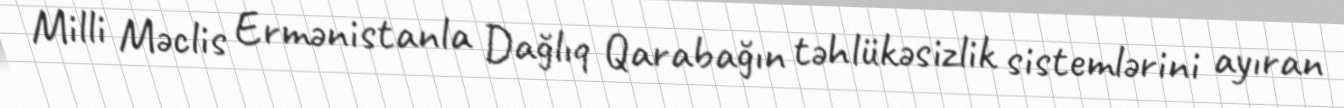
Milli Məclis Ermənistanla Dağlıq Qarabağın təhlükəsizlik sistemlərini ayıran